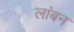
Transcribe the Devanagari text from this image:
लांबन